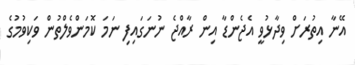
އޭނާ އިތުރަށް ވިދާޅުވީ އެޖެންޑާ އިން ރާއްޖެ ނުނަގައިފި ނަމަ ކޮމަންވެލްތުން ވަކިވުމުގެ